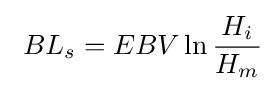
\ BL_{s}=EBV\ln {\frac {H_{i}}{H_{m}}}